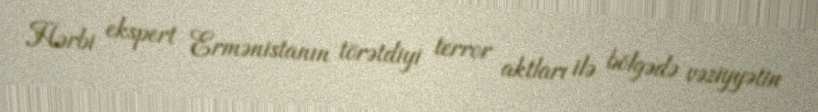
Hərbi ekspert Ermənistanın törətdiyi terror aktları ilə bölgədə vəziyyətin